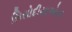
સિસોદીયાઓના